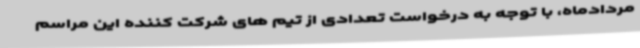
مردادماه، با توجه به درخواست تعدادی از تیم های شرکت کننده این مراسم